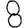
Digit: 8